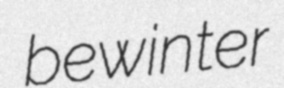
bewinter